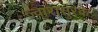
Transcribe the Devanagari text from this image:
ज्वारासुरके